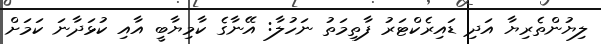
ލިޔުންތެރިޔާ އަދި ޑައިރެކްޓަރު ފާތިމަތު ނަހުލާ: އޭނާގެ ކާމިޔާބީ އާއި ކުޅަދާނަ ކަމަށް